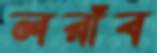
লরাঁব